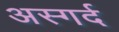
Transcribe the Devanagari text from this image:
अस्गर्द